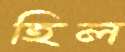
হিল